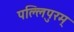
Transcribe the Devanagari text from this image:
पल्लिपुरम्